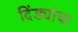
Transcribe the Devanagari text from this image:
दिंड्यांचा